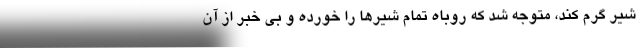
شیر گرم کند، متوجه شد که روباه تمام شیرها را خورده و بی خبر از آن